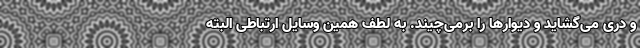
و دری می‌گشاید و دیوارها را برمی‌چیند. به لطف همین وسایل ارتباطی البته